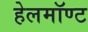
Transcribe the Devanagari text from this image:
हेलमॉण्ट